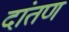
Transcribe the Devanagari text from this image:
दांतण